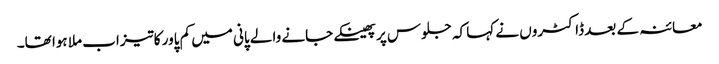
معائنہ کے بعد ڈاکٹروں نے کہا کہ جلوس پر پھینکے جانے والے پانی میں کم پاور کاتیزاب ملا ہوا تھا۔